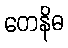
တေနိဓ